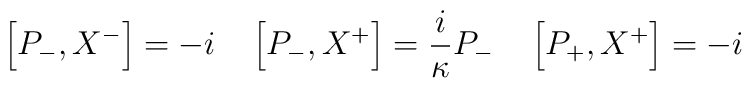
\left[P_{-},X^{-}\right]= -i\quad\left[P_{-},X^{+}\right]=\frac{i}{\kappa}P_-\quad\left[P_{+},X^{+}\right]=-i